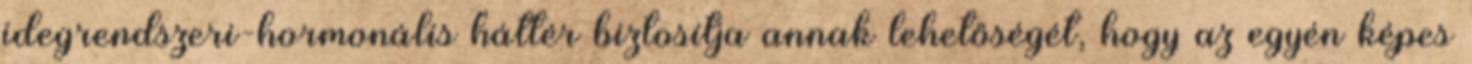
idegrendszeri-hormonális háttér biztosítja annak lehetőségét, hogy az egyén képes